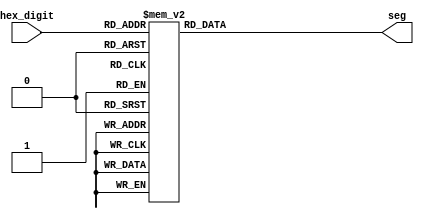
//giai ma tin hieu & hien thi len 7-segment, format: hexa
module hex_7seg(hex_digit,seg);
input [3:0] hex_digit;
output [6:0] seg;
reg [6:0] seg;
// seg = {g,f,e,d,c,b,a};
// 0 is on and 1 is off

always @ (hex_digit)
case (hex_digit)
        4'h0: seg = 7'b1000000;
        4'h1: seg = 7'b1111001;     // ---a----
        4'h2: seg = 7'b0100100;     // |      |
        4'h3: seg = 7'b0110000;     // f      b
        4'h4: seg = 7'b0011001;     // |      |
        4'h5: seg = 7'b0010010;     // ---g----
        4'h6: seg = 7'b0000010;     // |      |
        4'h7: seg = 7'b1111000;     // e      c
        4'h8: seg = 7'b0000000;     // |      |
        4'h9: seg = 7'b0011000;     // ---d----
        4'ha: seg = 7'b0001000;
        4'hb: seg = 7'b0000011;
        4'hc: seg = 7'b1000110;
        4'hd: seg = 7'b0100001;
        4'he: seg = 7'b0000110;
        4'hf: seg = 7'b0001110;
endcase

endmodule